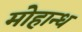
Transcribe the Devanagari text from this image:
मोहान्ध